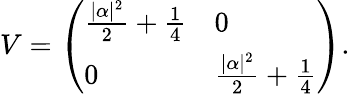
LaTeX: V=\left(\begin{array}{ll}{\frac{|\alpha|^{2}}{2}+\frac{1}{4}}&{0}\\ {0}&{\frac{|\alpha|^{2}}{2}+\frac{1}{4}}\end{array}\right).